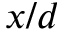
x / d